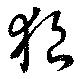
狼